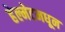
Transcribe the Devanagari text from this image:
हेल्मेटमधून